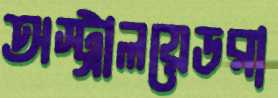
অস্ট্রালয়েডরা